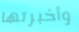
وأخبرتها